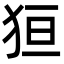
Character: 狟